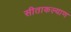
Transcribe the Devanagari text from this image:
सीताकल्याण